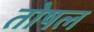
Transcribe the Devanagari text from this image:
तोषल